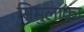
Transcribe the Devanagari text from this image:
सिमुलाक्रा